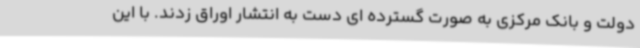
دولت و بانک مرکزی به صورت گسترده ای دست به انتشار اوراق زدند. با این